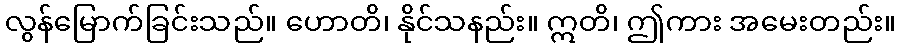
လွန်မြောက်ခြင်းသည်။ ဟောတိ၊ နိုင်သနည်း။ ဣတိ၊ ဤကား အမေးတည်း။